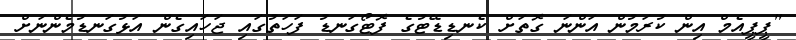
"ޕީޕީއެމް އިން ކުރަމުން އަންނަ ގޮތަށް ކެނޑިޑޭޓުގެ ފޮޓޯގަނޑު ފަހަތުގައި ޖަހައިގެން އަޅުގަނޑުމެންނަށް